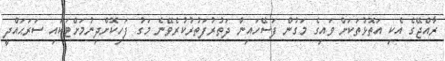
ރާއްޖޭގެ އެކި އަތޮޅުތަކަށް ވައިގެ މަގުން ފަސޭހައިން ދަތުރުފަތުރުކުރެވޭނެ މަގު ފަހިކޮށްދިނުމަށްޓަކައި ސަރަޙައްދީ